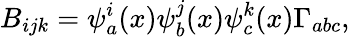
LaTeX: B_{ijk}=\psi_{a}^{i}(x)\psi_{b}^{j}(x)\psi_{c}^{k}(x)\Gamma_{abc},